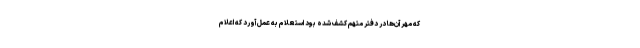
که مهر آن‌ها در دفتر متهم کشف شده بود استعلام به عمل آورد که اعلام